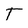
Character: T